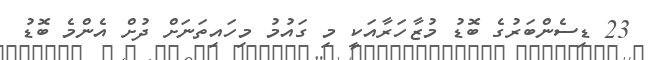
23 ޑިސެންބަރުގެ ބޮޑު މުޒާހަރާއަކީ މި ގައުމު މިހައިތަނަށް ދުށް އެންމެ ބޮޑު